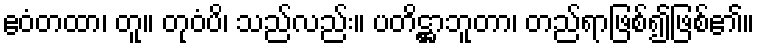
ဧဝံတထာ၊ တူ။ တုဝံပိ၊ သည်လည်း။ ပတိဋ္ဌာဘူတာ၊ တည်ရာဖြစ်၍ဖြစ်၏။